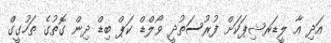
އަދި އާ ލީޑަރޝިޕަކަށް ފުރުސަތުދީ ވޯލްޑް ކަޕް ބިޑް ދިން ގޮތުގެ ތަހުގީގް